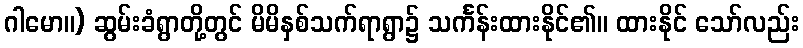
ဂါမော။) ဆွမ်းခံရွာတို့တွင် မိမိနှစ်သက်ရာရွာ၌ သင်္ကန်းထားနိုင်၏။ ထားနိုင် သော်လည်း